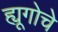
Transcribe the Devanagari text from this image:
ह्यूगोचे